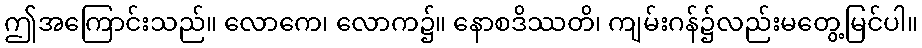
ဤအကြောင်းသည်။ လောကေ၊ လောက၌။ နောစဒိဿတိ၊ ကျမ်းဂန်၌လည်းမတွေ့မြင်ပါ။